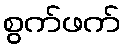
စွက်ဖက်